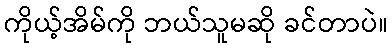
ကိုယ့်အိမ်ကို ဘယ်သူမဆို ခင်တာပဲ။